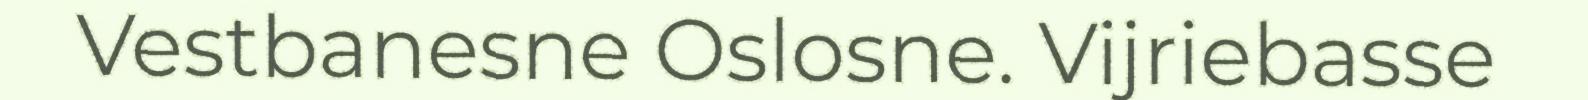
Vestbanesne Oslosne. Vijriebasse